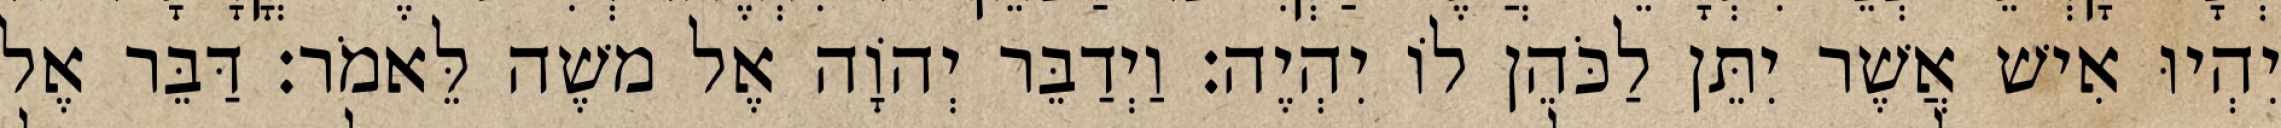
יִהְיוּ אִישׁ אֲשֶׁר יִתֵּן לַכֹּהֵן לוֹ יִהְיֶה׃ וַיְדַבֵּר יְהוָֹה אֶל משֶׁה לֵּאמֹר׃ דַּבֵּר אֶל